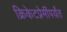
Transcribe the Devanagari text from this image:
क्रिकेटप्रेमींपर्यंत